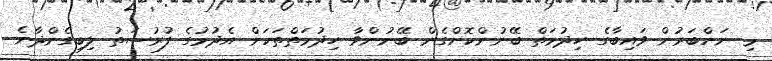
މި ނަންބަރުން ވައިބާގެ ހިދުމަތް ބޭނުންކޮށްގެން ބޭނުންވާ ހިދުމަތްތަކަށް އެދުމުގެ ފުރުސަތު ލިބިގެންދާނެ